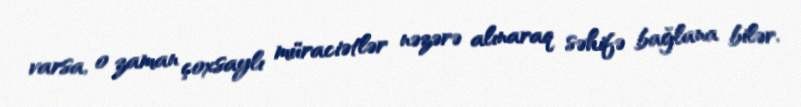
varsa, o zaman çoxsaylı müraciətlər nəzərə alınaraq səhifə bağlana bilər.